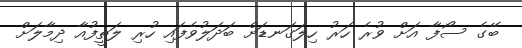
ބޭގެ ސޯފާ އަށް ވުރެ ހަރު ހިލަގަނޑަށް ބަދަލުވެފައި ހުރި ލަތީފުއާ ދިމާލަށް